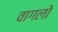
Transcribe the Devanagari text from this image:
वागलो